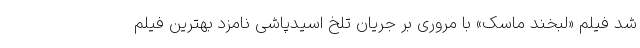
شد فیلم «لبخند ماسک» با مروری بر جریان تلخ اسیدپاشی نامزد بهترین فیلم